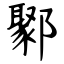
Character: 鄹